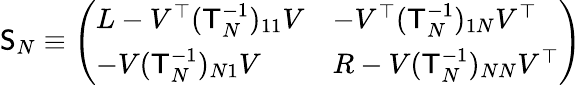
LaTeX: \mathsf{S}_{N}\equiv\left(\begin{array}{ll}{L-V^{\top}(\mathsf{T}_{N}^{-1})_{11}V}&{-V^{\top}(\mathsf{T}_{N}^{-1})_{1N}V^{\top}}\\ {-V(\mathsf{T}_{N}^{-1})_{N1}V}&{R-V(\mathsf{T}_{N}^{-1})_{NN}V^{\top}}\end{array}\right)